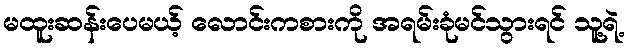
မထူးဆန်းပေမယ့် လောင်းကစားကို အရမ်းခုံမင်သွားရင် သူ့ရဲ့